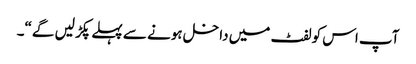
آپ اس کو لفٹ میں داخل ہونے سے پہلے پکڑ لیں گے“۔